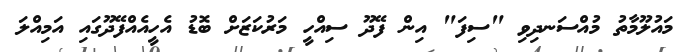
މައުލޫމާތު މުއްސަނދިވި "ސިފަ" އިން ފޭދޫ ސިއްހީ މަރުކަޒަށް ބޮޑު އެހީއެއްފޭދޫގައި އަމިއްލަ